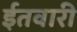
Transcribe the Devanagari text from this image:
ईतवारी